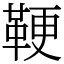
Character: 鞕